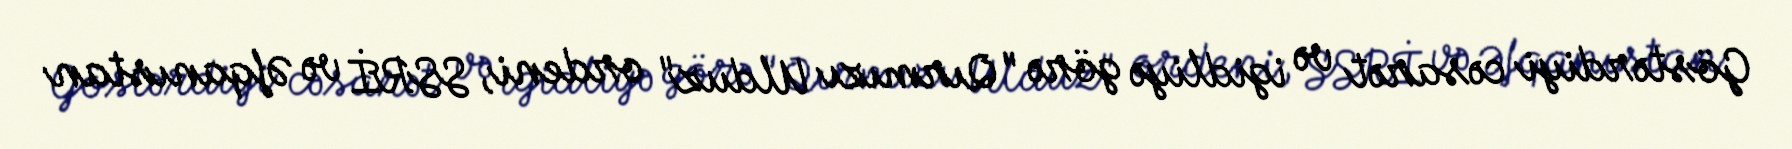
Göstərdiyi cəsarət və igidliyə görə "Qırmızı Ulduz" ordeni, SSRİ və Əfqanıstan